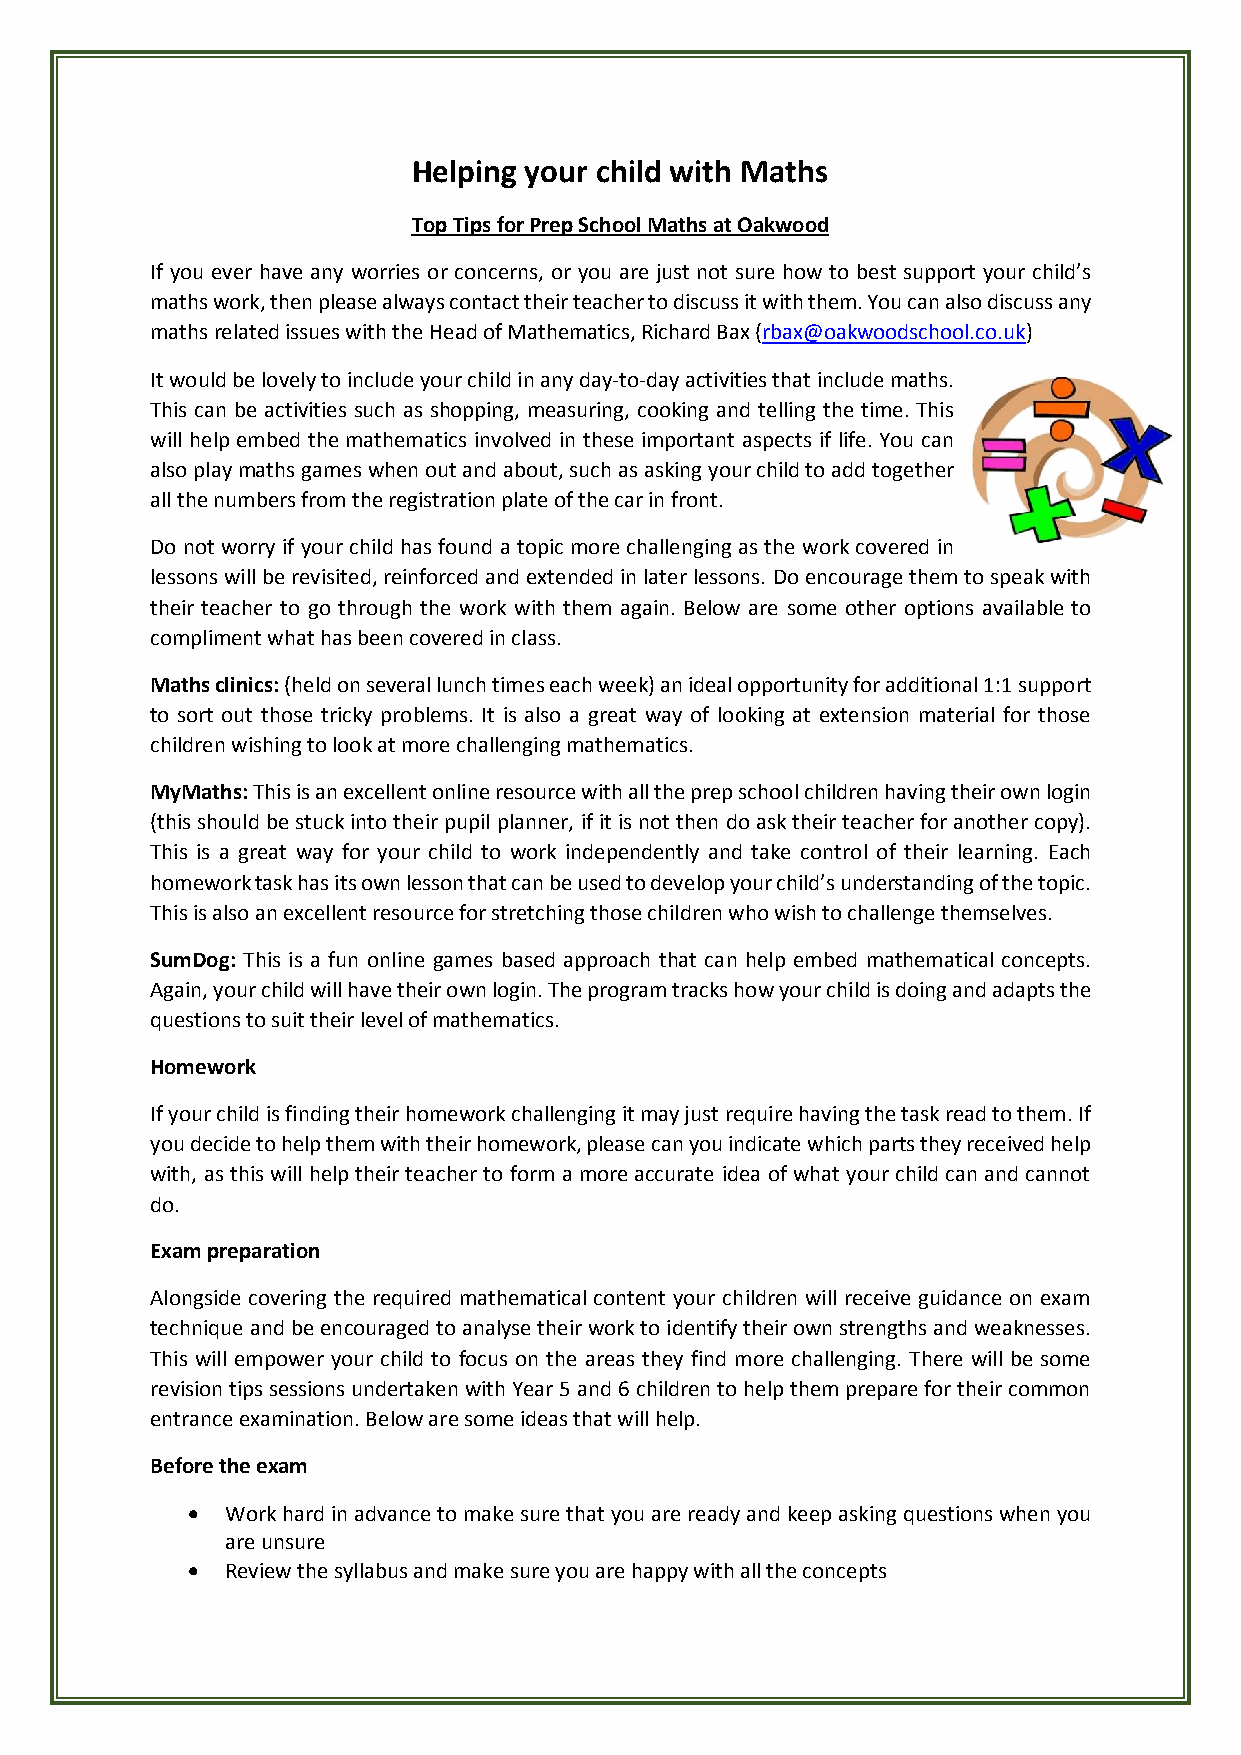
Helping your child with Maths
 Top Tips for Prep School Maths at Oakwood
 If you ever have any worries or concerns, or you are just not sure how to best support your child’s
 maths work, then please always contact their teacher to discuss it with them. You can also discuss any
 maths related issues with the Head of Mathematics, Richard Bax (rbax@oakwoodschool.co.uk)
 It would be lovely to include your child in any day-to-day activities that include maths.
 This can be activities such as shopping, measuring, cooking and telling the time. This
 will help embed the mathematics involved in these important aspects if life. You can
 also play maths games when out and about, such as asking your child to add together
 all the numbers from the registration plate of the car in front.
 Do not worry if your child has found a topic more challenging as the work covered in
 lessons will be revisited, reinforced and extended in later lessons. Do encourage them to speak with
 their teacher to go through the work with them again. Below are some other options available to
 compliment what has been covered in class.
 Maths clinics: (held on several lunch times each week) an ideal opportunity for additional 1:1 support
 to sort out those tricky problems. It is also a great way of looking at extension material for those
 children wishing to look at more challenging mathematics.
 MyMaths: This is an excellent online resource with all the prep school children having their own login
 (this should be stuck into their pupil planner, if it is not then do ask their teacher for another copy).
 This is a great way for your child to work independently and take control of their learning. Each
 homework task has its own lesson that can be used to develop your child’s understanding of the topic.
 This is also an excellent resource for stretching those children who wish to challenge themselves.
 SumDog: This is a fun online games based approach that can help embed mathematical concepts.
 Again, your child will have their own login. The program tracks how your child is doing and adapts the
 questions to suit their level of mathematics.
 Homework
 If your child is finding their homework challenging it may just require having the task read to them. If
 you decide to help them with their homework, please can you indicate which parts they received help
 with, as this will help their teacher to form a more accurate idea of what your child can and cannot
 do.
 Exam preparation
 Alongside covering the required mathematical content your children will receive guidance on exam
 technique and be encouraged to analyse their work to identify their own strengths and weaknesses.
 This will empower your child to focus on the areas they find more challenging. There will be some
 revision tips sessions undertaken with Year 5 and 6 children to help them prepare for their common
 entrance examination. Below are some ideas that will help.
 Before the exam
   Work hard in advance to make sure that you are ready and keep asking questions when you
 are unsure
   Review the syllabus and make sure you are happy with all the concepts